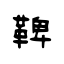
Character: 鞞